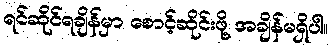
ရင်ဆိုင်ရချိန်မှာ စောင့်ဆိုင်းဖို့ အချိန်မရှိပါ။